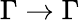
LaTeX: \Gamma\to\Gamma